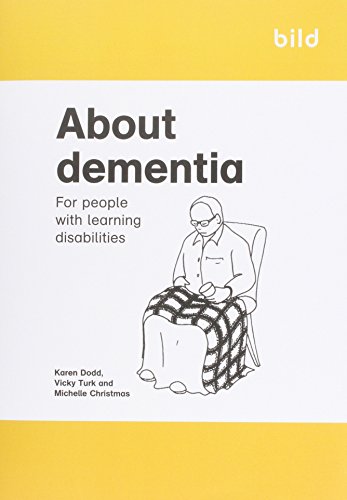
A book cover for About Dementia: For People with Learning Disabilities; Karen Dodd; Law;